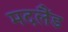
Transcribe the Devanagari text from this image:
मदलैंड